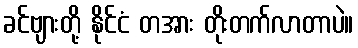
ခင်ဗျားတို့ နိုင်ငံ တအား တိုးတက်လာတာပဲ။